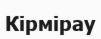
Кірмірау